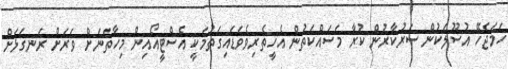
ހަމަޖެހޭ އުސޫލަކުން ސަރުކާރުން ކުރާ މަސައްކަތުން އެހީތެރިވެވަޑައިގަތުމަކީ އެސްޓީއޯއިން މިހާތަނަށް ވަރަށް ރަނގަޅަށް